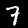
Digit: 7